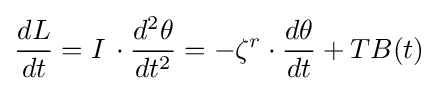
{\frac {dL}{dt}}={I}\,\cdot {\frac {d^{2}{\theta }}{dt^{2}}}=-{\zeta }^{r}\cdot {\frac {d{\theta }}{dt}}+TB(t)